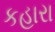
કહારા